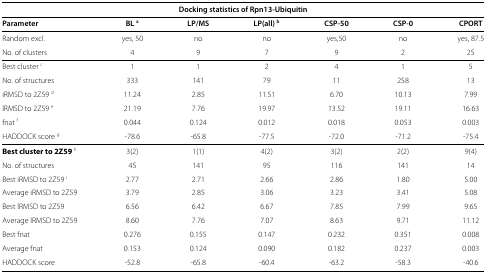
<table><thead><tr><td colspan="7"><b>Docking statistics of Rpn13-Ubiquitin</b></td></tr><tr><td><b>Parameter</b></td><td><b>BL<sup>a</sup></b></td><td><b>LP/MS</b></td><td><b>LP(all)<sup>b</sup></b></td><td><b>CSP-50</b></td><td><b>CSP-0</b></td><td><b>CPORT</b></td></tr></thead><tbody><tr><td>Random excl.</td><td>yes, 50</td><td>no</td><td>no</td><td>yes,50</td><td>no</td><td>yes, 87.5</td></tr><tr><td>No. of clusters</td><td>4</td><td>9</td><td>7</td><td>9</td><td>2</td><td>25</td></tr><tr><td>Best cluster <sup>c</sup></td><td>1</td><td>1</td><td>2</td><td>4</td><td>1</td><td>5</td></tr><tr><td>No. of structures</td><td>333</td><td>141</td><td>79</td><td>11</td><td>258</td><td>13</td></tr><tr><td>iRMSD to 2Z59 <sup>d</sup></td><td>11.24</td><td>2.85</td><td>11.51</td><td>6.70</td><td>10.13</td><td>7.99</td></tr><tr><td>lRMSD to 2Z59 <sup>e</sup></td><td>21.19</td><td>7.76</td><td>19.97</td><td>13.52</td><td>19.11</td><td>16.63</td></tr><tr><td>fnat <sup>f</sup></td><td>0.044</td><td>0.124</td><td>0.012</td><td>0.018</td><td>0.053</td><td>0.003</td></tr><tr><td>HADDOCK score <sup>g</sup></td><td>-78.6</td><td>-65.8</td><td>-77.5</td><td>-72.0</td><td>-71.2</td><td>-75.4</td></tr><tr><td><b>Best cluster to 2Z59</b><sup>h</sup></td><td>3(2)</td><td>1(1)</td><td>4(2)</td><td>3(2)</td><td>2(2)</td><td>9(4)</td></tr><tr><td>No. of structures</td><td>45</td><td>141</td><td>95</td><td>116</td><td>141</td><td>14</td></tr><tr><td>Best iRMSD to 2Z59 <sup>i</sup></td><td>2.77</td><td>2.71</td><td>2.66</td><td>2.86</td><td>1.80</td><td>5.00</td></tr><tr><td>Average iRMSD to 2Z59</td><td>3.79</td><td>2.85</td><td>3.06</td><td>3.23</td><td>3.41</td><td>5.08</td></tr><tr><td>Best lRMSD to 2Z59</td><td>6.56</td><td>6.42</td><td>6.67</td><td>7.85</td><td>7.99</td><td>9.65</td></tr><tr><td>Average lRMSD to 2Z59</td><td>8.60</td><td>7.76</td><td>7.07</td><td>8.63</td><td>9.71</td><td>11.12</td></tr><tr><td>Best fnat</td><td>0.276</td><td>0.155</td><td>0.147</td><td>0.232</td><td>0.351</td><td>0.008</td></tr><tr><td>Average fnat</td><td>0.153</td><td>0.124</td><td>0.090</td><td>0.182</td><td>0.237</td><td>0.003</td></tr><tr><td>HADDOCK score</td><td>-52.8</td><td>-65.8</td><td>-60.4</td><td>-63.2</td><td>-58.3</td><td>-40.6</td></tr></tbody></table>